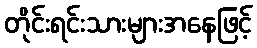
တိုင်းရင်းသားများအနေဖြင့်